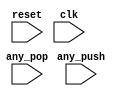
module top (
input reset,
input clk,
input any_push,
input any_pop
);
reg [1:0] fifo_head [3:0];
reg [1:0] fifo_next [3:0];
wire [1:0] fifo_head4samp [3:0];
genvar fifo_num ;
integer pntr_num,fifoifo_num;

generate
for (fifo_num=0; fifo_num<4; fifo_num=fifo_num+1) begin:fifo_gen
assign fifo_head4samp[fifo_num] = fifo_next[fifo_head[fifo_num]] ; /* this is line 16 */
end
endgenerate

always @(posedge clk or negedge reset)
begin
if (!reset) begin
for (pntr_num=0; pntr_num<4; pntr_num=pntr_num+1)
fifo_next[pntr_num] <= {2{1'b0}} ;
end
else if (any_push | any_pop) begin
for (fifoifo_num=0; fifoifo_num<4; fifoifo_num=fifoifo_num+1) begin
fifo_head[fifoifo_num] <= fifo_head4samp[fifoifo_num] ;
end
end
end

endmodule